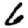
Digit: 6